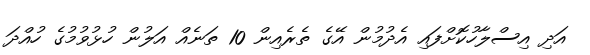
އަދި އިސްލާހުކޮށްފައި އެދުމުން އޭގެ ތެރެއިން 10 ތަނެއް އަލުން ހުޅުވުމުގެ ހުއްދަ